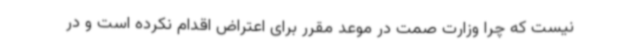
نیست که چرا وزارت صمت در موعد مقرر برای اعتراض اقدام نکرده است و در